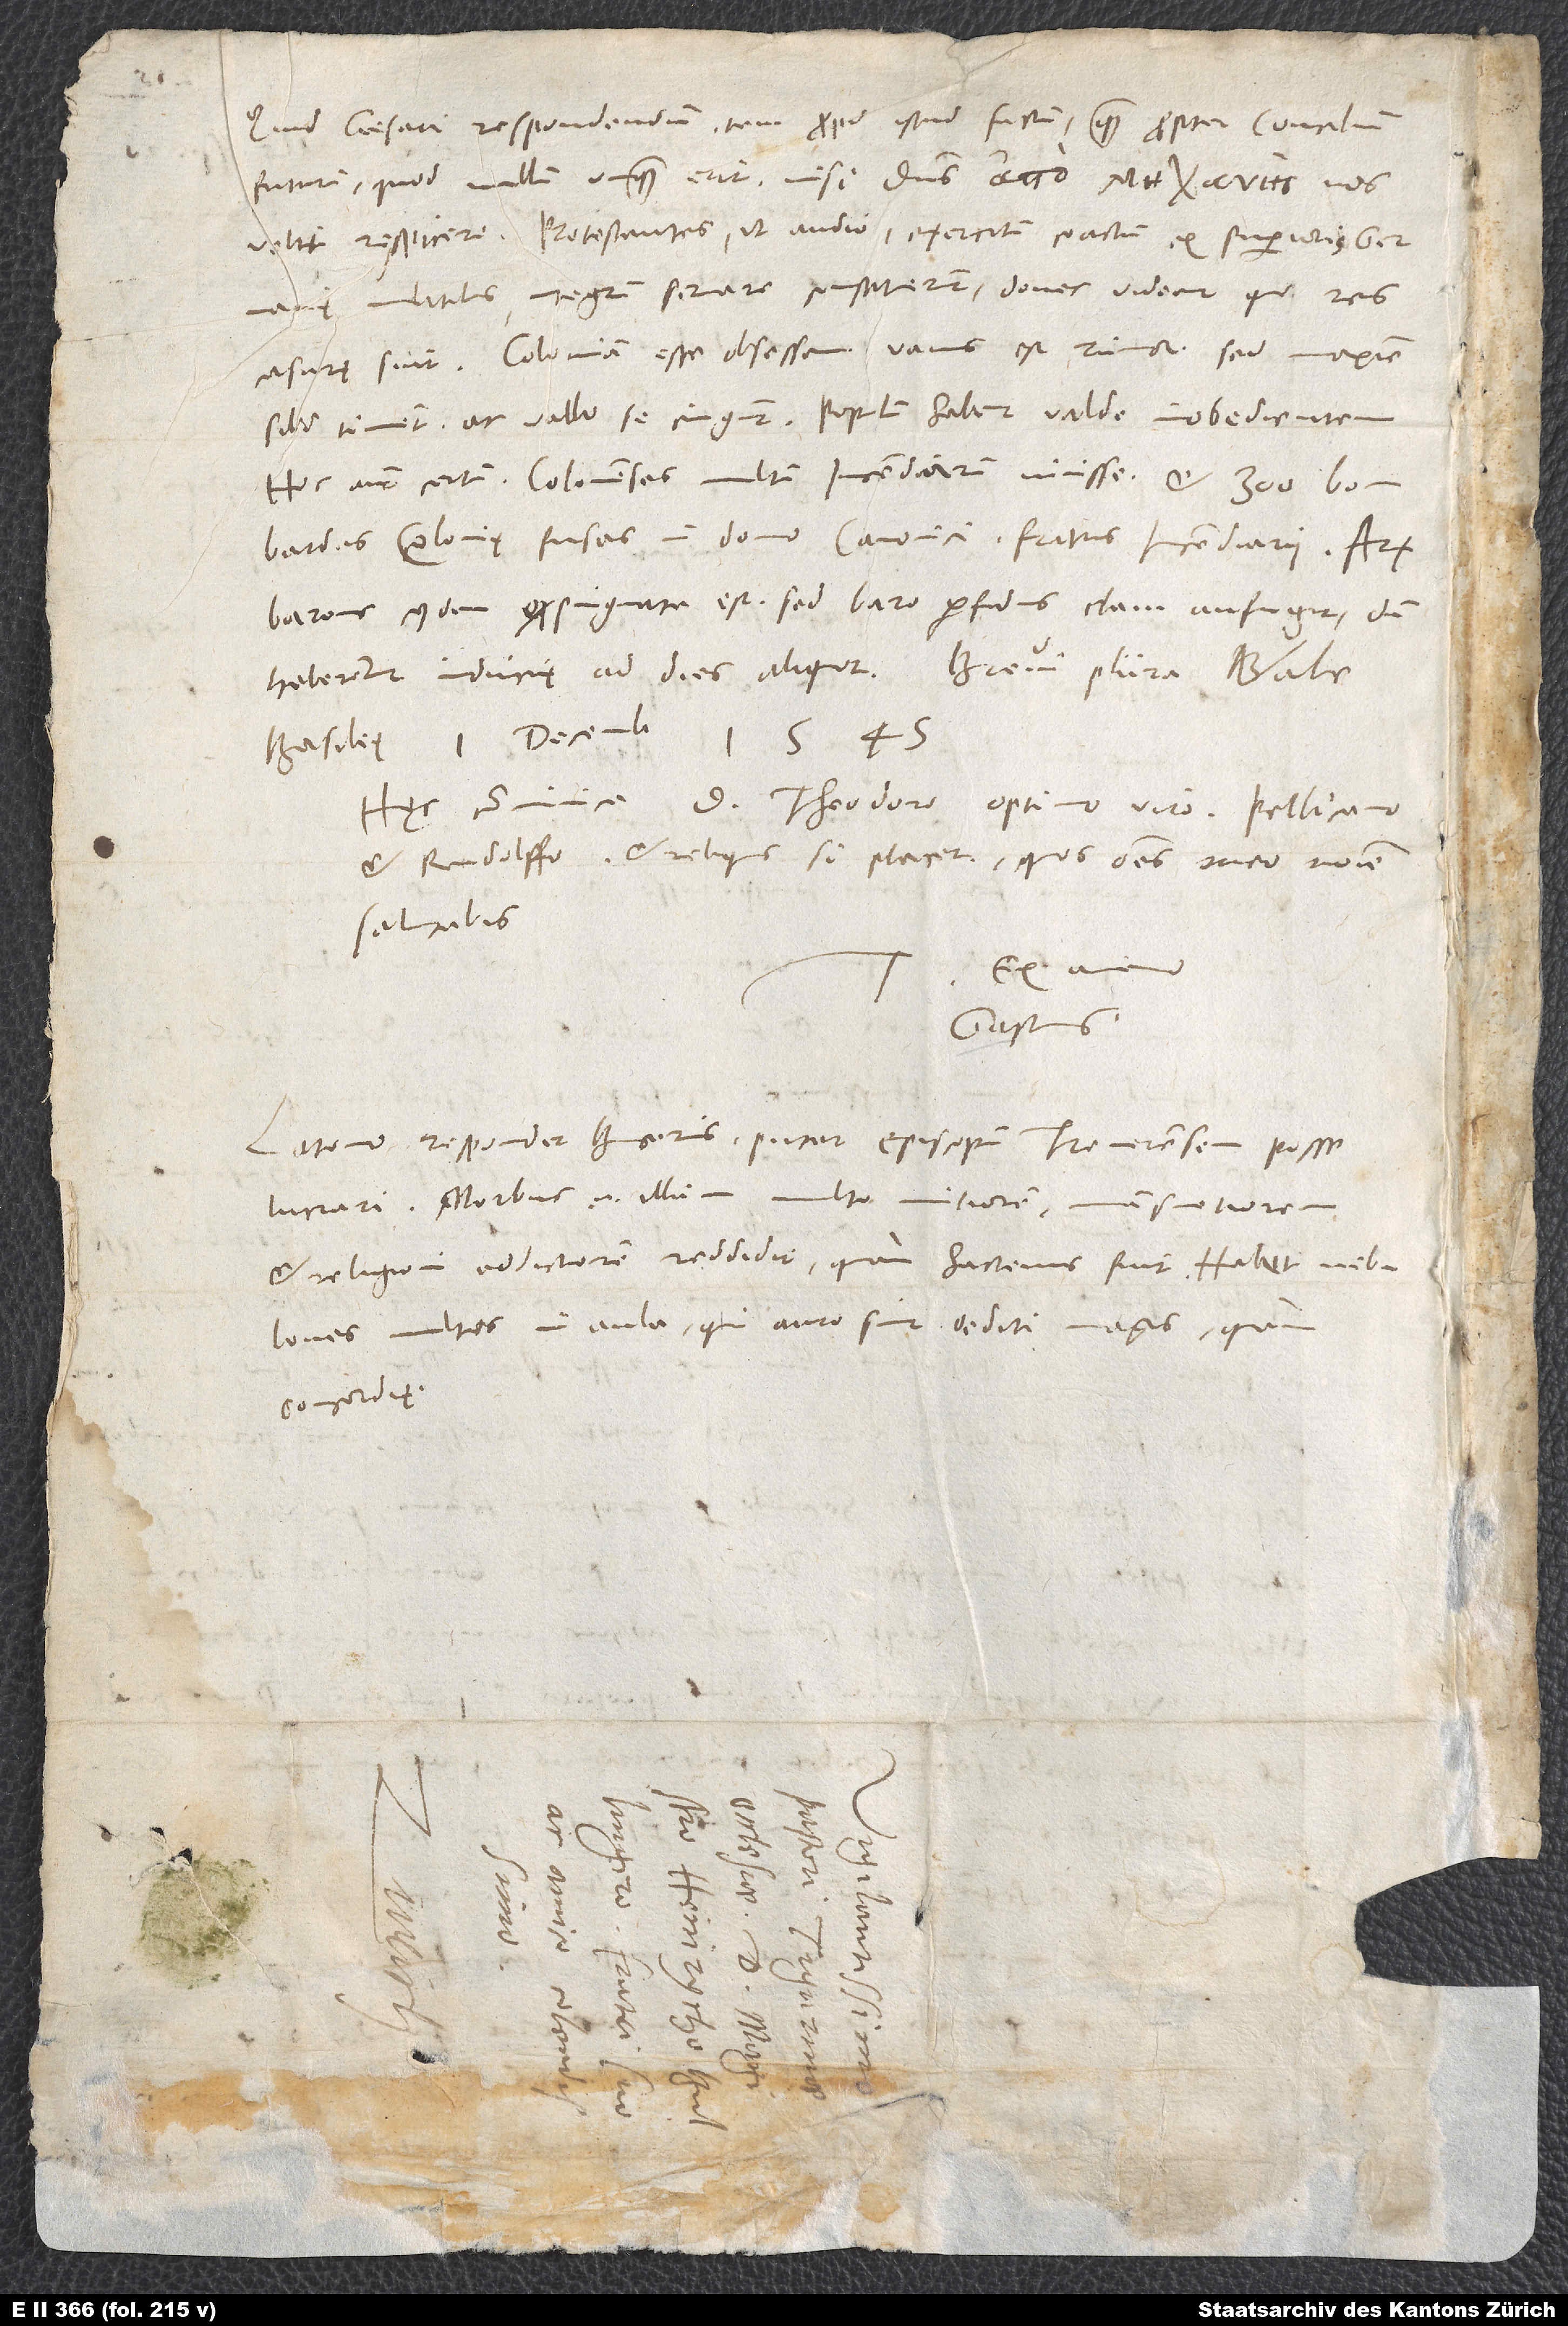
quid caesari respondendum tam propter istud factum quam propter concilium
futurum, quod nullum unquam erit, nisi dominus nos
velit respicere. Protestantes, ut audio, exercitum coactum ex superioris Germanię
militibus integrum servare constituerunt, donec videant, quo res
Coloniam esse obsessam vanus est rumor, sed maxime
sibi timent ac vallo se cingunt; populum habent inobedientem.
Hoc autem certum, Colonienses multum incendiarium iuvisse et 300 bombardas
Colonię fusas in domo canonici, fratris incendiarii.
baronis cuiusdam expugnata est; sed baro perfidus clam aufugit, dum
haberentur inducię ad dies aliquot. Brevi plura.
Basileę, 1. decembris 1545.
Hęc communica d. Theodoro, optimo viro, Pellicano
et Rudolffo et reliquis, si placet, quos omnes meo nomine
salutabis.
ex animo
Gastius.
Latomo respondet Bucerus. Putat episcopum Treverensem posse
lucrari. Morbus enim illum multo mitiorem, mansuetiorem
et religioni addictiorem reddidit, quam hactenus fuit. Habet nebulones
multos in aula, qui auro sint dediti magis quam
concordię.